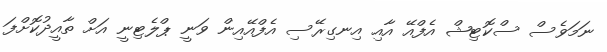
ނަމަވެސް ސްކޮޓިޝް އެފްއޭ އާއި އިނގިރޭސި އެފްއޭއިން ވަނީ ޕްލެޓިނީ އަށް ތާއީދުކޮށްފަ